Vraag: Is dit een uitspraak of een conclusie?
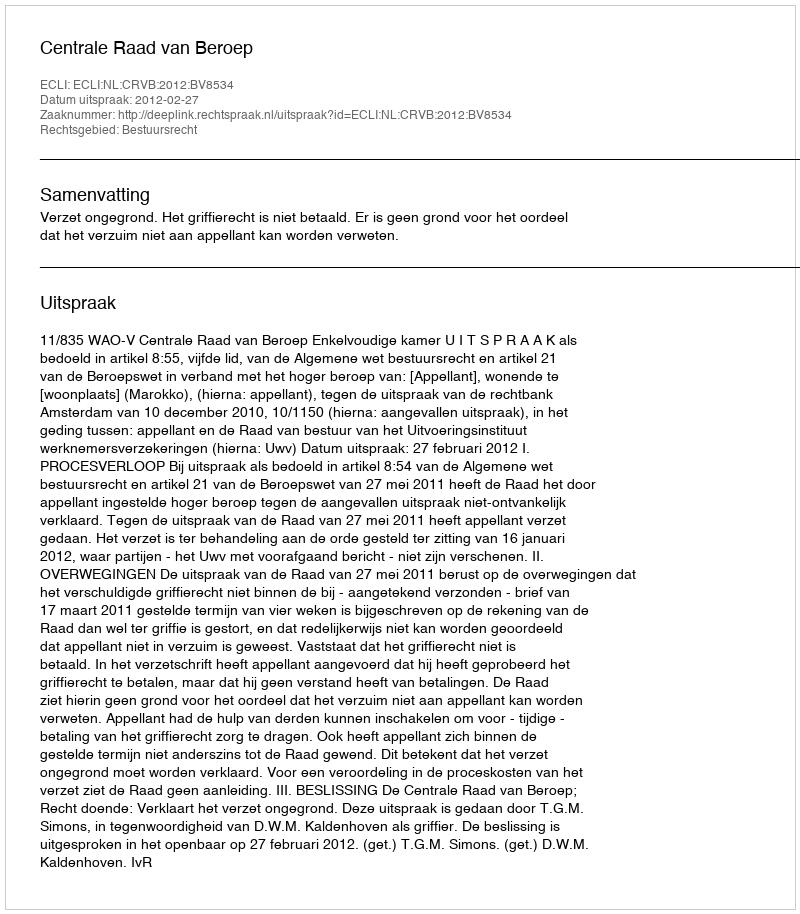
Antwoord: Uitspraak